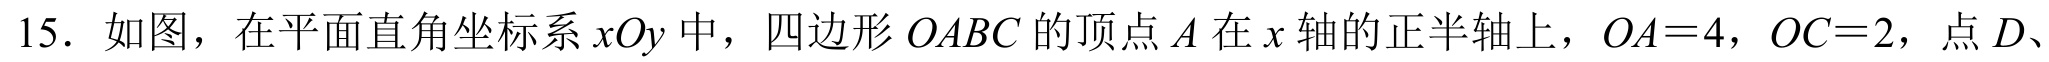
15. 如图，在平面直角坐标系\(xOy\)中，四边形\(OABC\)的顶点\(A\)在\(x\)轴的正半轴上，\(OA = 4\)，\(OC = 2\)，点\(D\)、